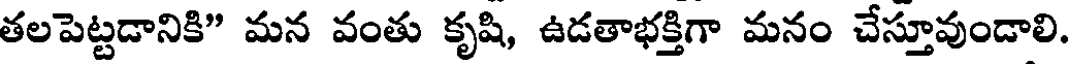
తలపెట్టడానికి" మన వంతు కృషి, ఉడతాభక్తిగా మనం చేస్తూవుండాలి.